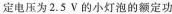
定电压为2.5V的小灯泡的额定功